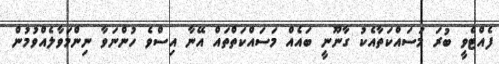
ފެއްޓެވީ ބުރަ މަސައްކަތާއެކު ގާނޫނީ ބައެއް މަސައްކަތްތައް އޭނާ އިސްވެ ހުންނަވާ ނިންމަވާލެއްވުމުން